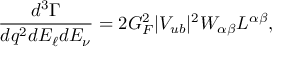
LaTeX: \frac { d ^ { 3 } \Gamma } { d q ^ { 2 } d E _ { \ell } d E _ { \nu } } = 2 G _ { F } ^ { 2 } | V _ { u b } | ^ { 2 } W _ { \alpha \beta } L ^ { \alpha \beta } ,